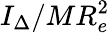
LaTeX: I_{\Delta}/MR_{e}^{2}